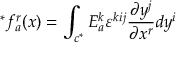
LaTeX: ^ { * } f _ { a } ^ { r } ( x ) = \int _ { c ^ { * } } E _ { a } ^ { k } \varepsilon ^ { k i j } \frac { \partial y ^ { j } } { \partial x ^ { r } } d y ^ { i }